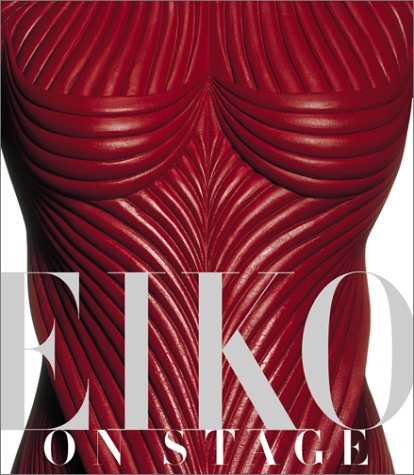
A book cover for Eiko on Stage; Eiko Ishioka; Biographies & Memoirs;